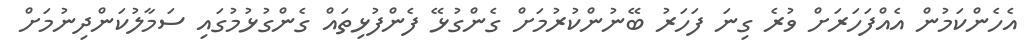
އެހެންކަމުން އެއްފަހަރަށް ވުރެ ގިނަ ފަހަރު ބޭނުންކުރުމަށް ގެންގުޅޭ ފެންފުޅިތައް ގެންގުޅުމުގައި ސަމާލުކަންދިނުމަށް